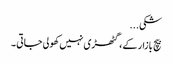
شکی...
بیچ بازار کے ، گٹھڑی نہیں کھولی جاتی ۔